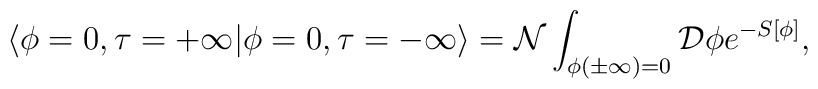
\langle \phi=0, \tau=+\infty |\phi=0, \tau=-\infty \rangle= {\cal N} \int_{\phi(\pm\infty)=0} {\cal D}\phi e^{-S[\phi]},